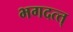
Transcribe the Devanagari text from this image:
भगदत्त्